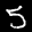
Label: 5